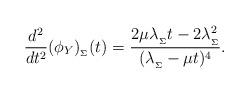
LaTeX: \begin{align*}\frac{d^2}{dt^2}(\phi_Y)_{_\Sigma}(t) = \frac{2\mu\lambda_{_\Sigma}t-2\lambda_{_\Sigma}^2}{(\lambda_{_\Sigma}-\mu t)^4}.\end{align*}